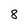
Character: 8